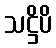
သဋ္ဌိပိ